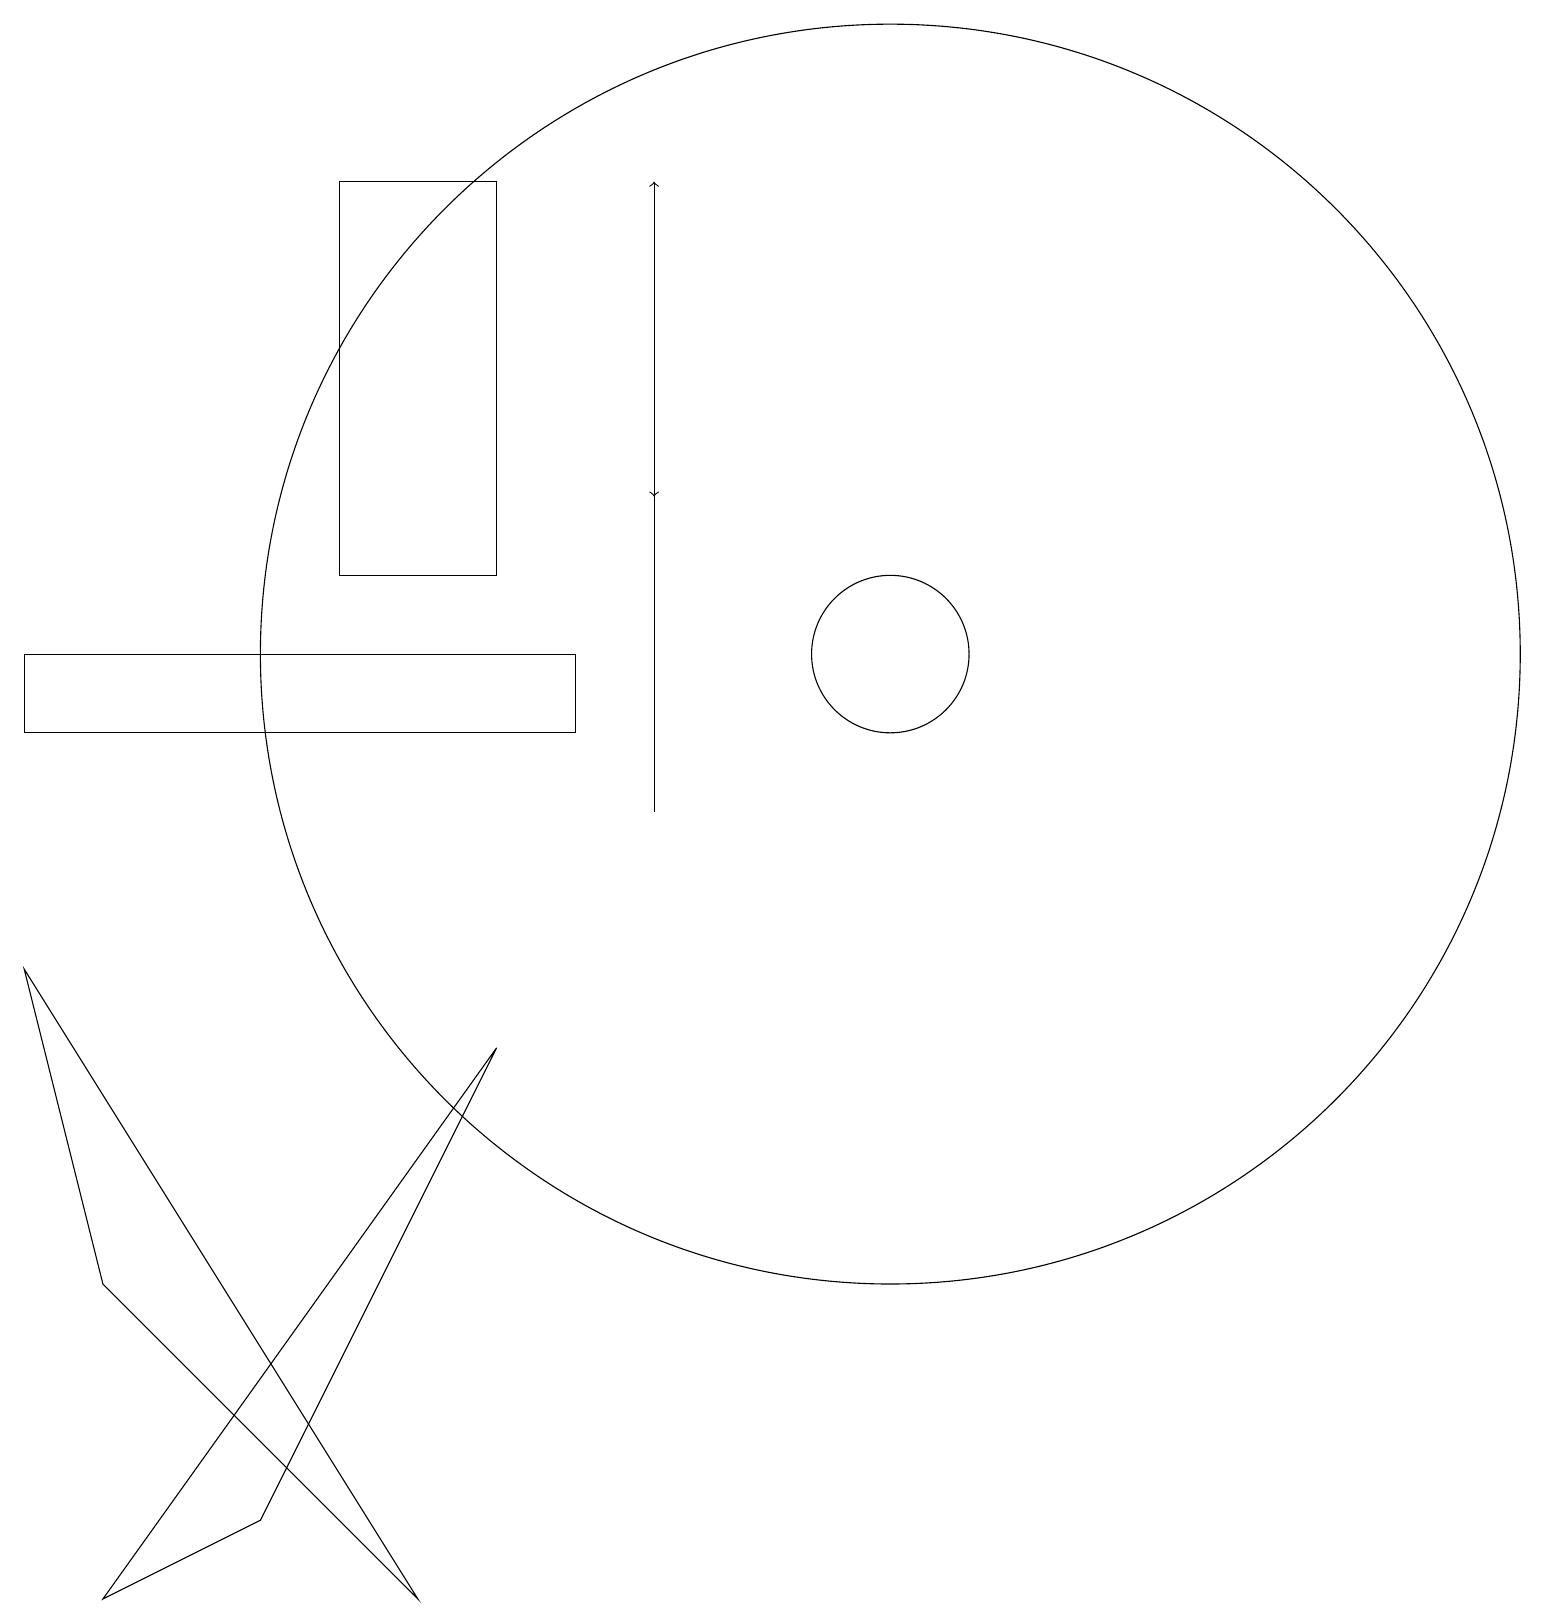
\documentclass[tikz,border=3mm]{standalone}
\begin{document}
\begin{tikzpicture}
\draw[->] (8,17) -- (8,14);
\draw (7,11) rectangle (0,12);
\draw (1,0) -- (6,7) -- (3,1) -- cycle;
\draw (11,12) circle (1);
\draw (11,12) circle (8);
\draw (6,13) rectangle (4,18);
\draw (0,8) -- (1,4) -- (5,0) -- cycle;
\draw[->] (8,10) -- (8,18);
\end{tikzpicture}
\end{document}